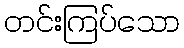
တင်းကြပ်သော